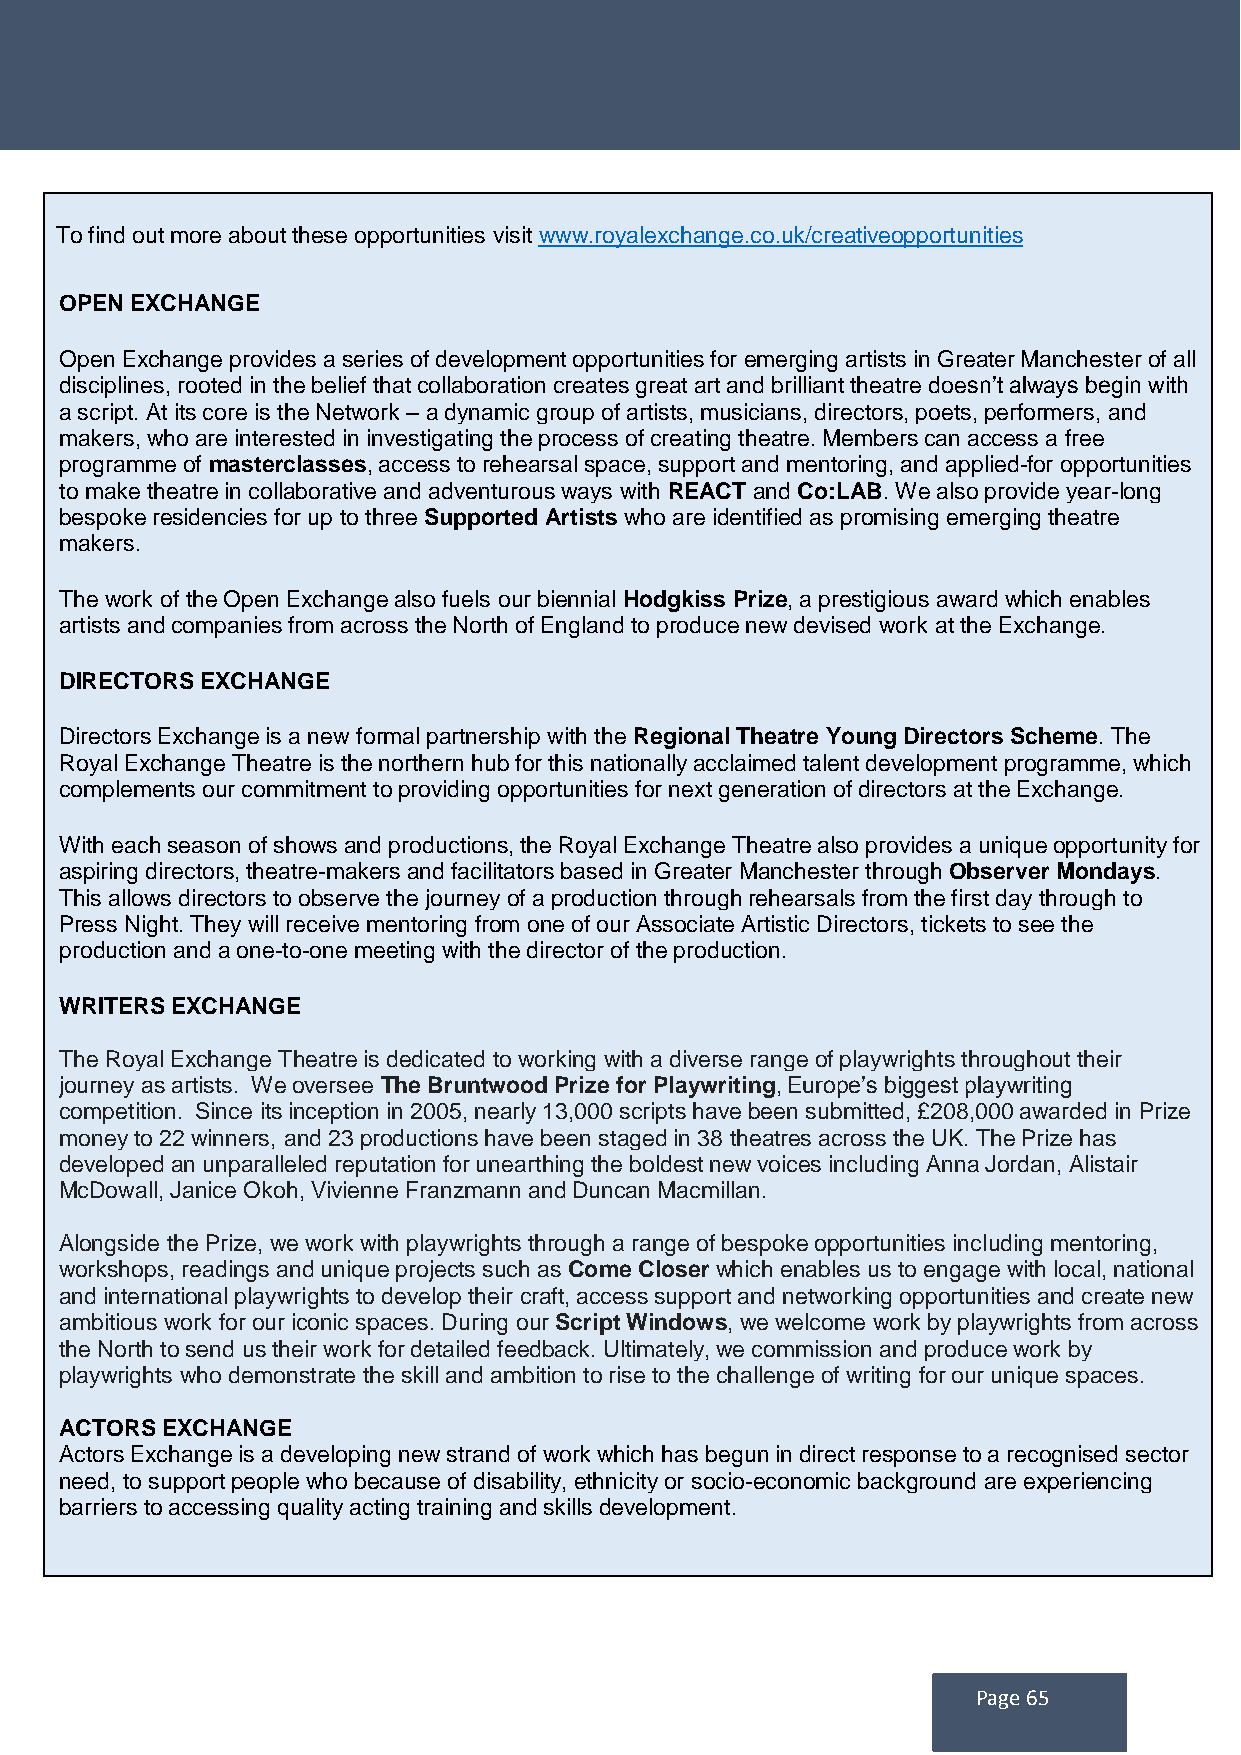
To find out more about these opportunities visit www.royalexchange.co.uk/creativeopportunities
 OPEN EXCHANGE
 Open Exchange provides a series of development opportunities for emerging artists in Greater Manchester of all
 disciplines, rooted in the belief that collaboration creates great art and brilliant theatre doesn’t always begin with
 a script. At its core is the Network – a dynamic group of artists, musicians, directors, poets, performers, and
 makers, who are interested in investigating the process of creating theatre. Members can access a free
 programme of masterclasses, access to rehearsal space, support and mentoring, and applied-for opportunities
 to make theatre in collaborative and adventurous ways with REACT and Co:LAB. We also provide year-long
 bespoke residencies for up to three Supported Artists who are identified as promising emerging theatre
 makers.
 The work of the Open Exchange also fuels our biennial Hodgkiss Prize, a prestigious award which enables
 artists and companies from across the North of England to produce new devised work at the Exchange.
 DIRECTORS EXCHANGE
 Directors Exchange is a new formal partnership with the Regional Theatre Young Directors Scheme. The
 Royal Exchange Theatre is the northern hub for this nationally acclaimed talent development programme, which
 complements our commitment to providing opportunities for next generation of directors at the Exchange.
 With each season of shows and productions, the Royal Exchange Theatre also provides a unique opportunity for
 aspiring directors, theatre-makers and facilitators based in Greater Manchester through Observer Mondays.
 This allows directors to observe the journey of a production through rehearsals from the first day through to
 Press Night. They will receive mentoring from one of our Associate Artistic Directors, tickets to see the
 production and a one-to-one meeting with the director of the production.
 WRITERS EXCHANGE
 The Royal Exchange Theatre is dedicated to working with a diverse range of playwrights throughout their
 journey as artists. We oversee The Bruntwood Prize for Playwriting, Europe’s biggest playwriting
 competition. Since its inception in 2005, nearly 13,000 scripts have been submitted, £208,000 awarded in Prize
 money to 22 winners, and 23 productions have been staged in 38 theatres across the UK. The Prize has
 developed an unparalleled reputation for unearthing the boldest new voices including Anna Jordan, Alistair
 McDowall, Janice Okoh, Vivienne Franzmann and Duncan Macmillan.
 Alongside the Prize, we work with playwrights through a range of bespoke opportunities including mentoring,
 workshops, readings and unique projects such as Come Closer which enables us to engage with local, national
 and international playwrights to develop their craft, access support and networking opportunities and create new
 ambitious work for our iconic spaces. During our Script Windows, we welcome work by playwrights from across
 the North to send us their work for detailed feedback. Ultimately, we commission and produce work by
 playwrights who demonstrate the skill and ambition to rise to the challenge of writing for our unique spaces.
 ACTORS EXCHANGE
 Actors Exchange is a developing new strand of work which has begun in direct response to a recognised sector
 need, to support people who because of disability, ethnicity or socio-economic background are experiencing
 barriers to accessing quality acting training and skills development.
 Page 65